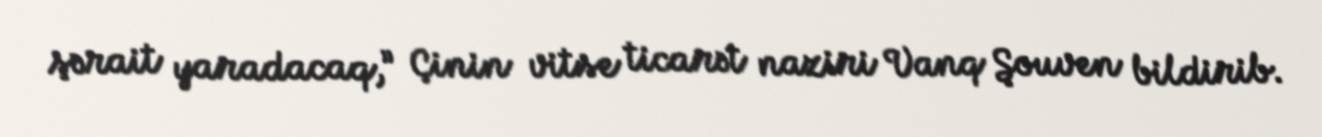
şərait yaradacaq,” Çinin vitse ticarət naziri Vanq Şouven bildirib.